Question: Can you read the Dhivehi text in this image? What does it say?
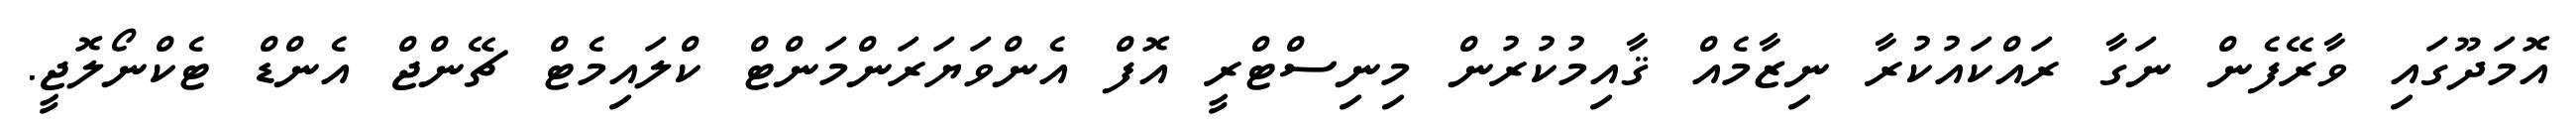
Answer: އޮމަދޫގައި ވާރޭފެން ނަގާ ރައްކައުކުރާ ނިޒާމެއް ޤާއިމުކުރުން މިނިސްޓްރީ އޮފް އެންވަޔަރަންމަންޓް ކްލައިމެޓް ޗޭންޖް އެންޑް ޓެކްނޯލޮޖީ.